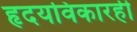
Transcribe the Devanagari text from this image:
हृदयविकारही